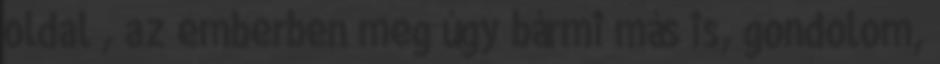
oldal”, az emberben meg úgy bármi más is, gondolom,